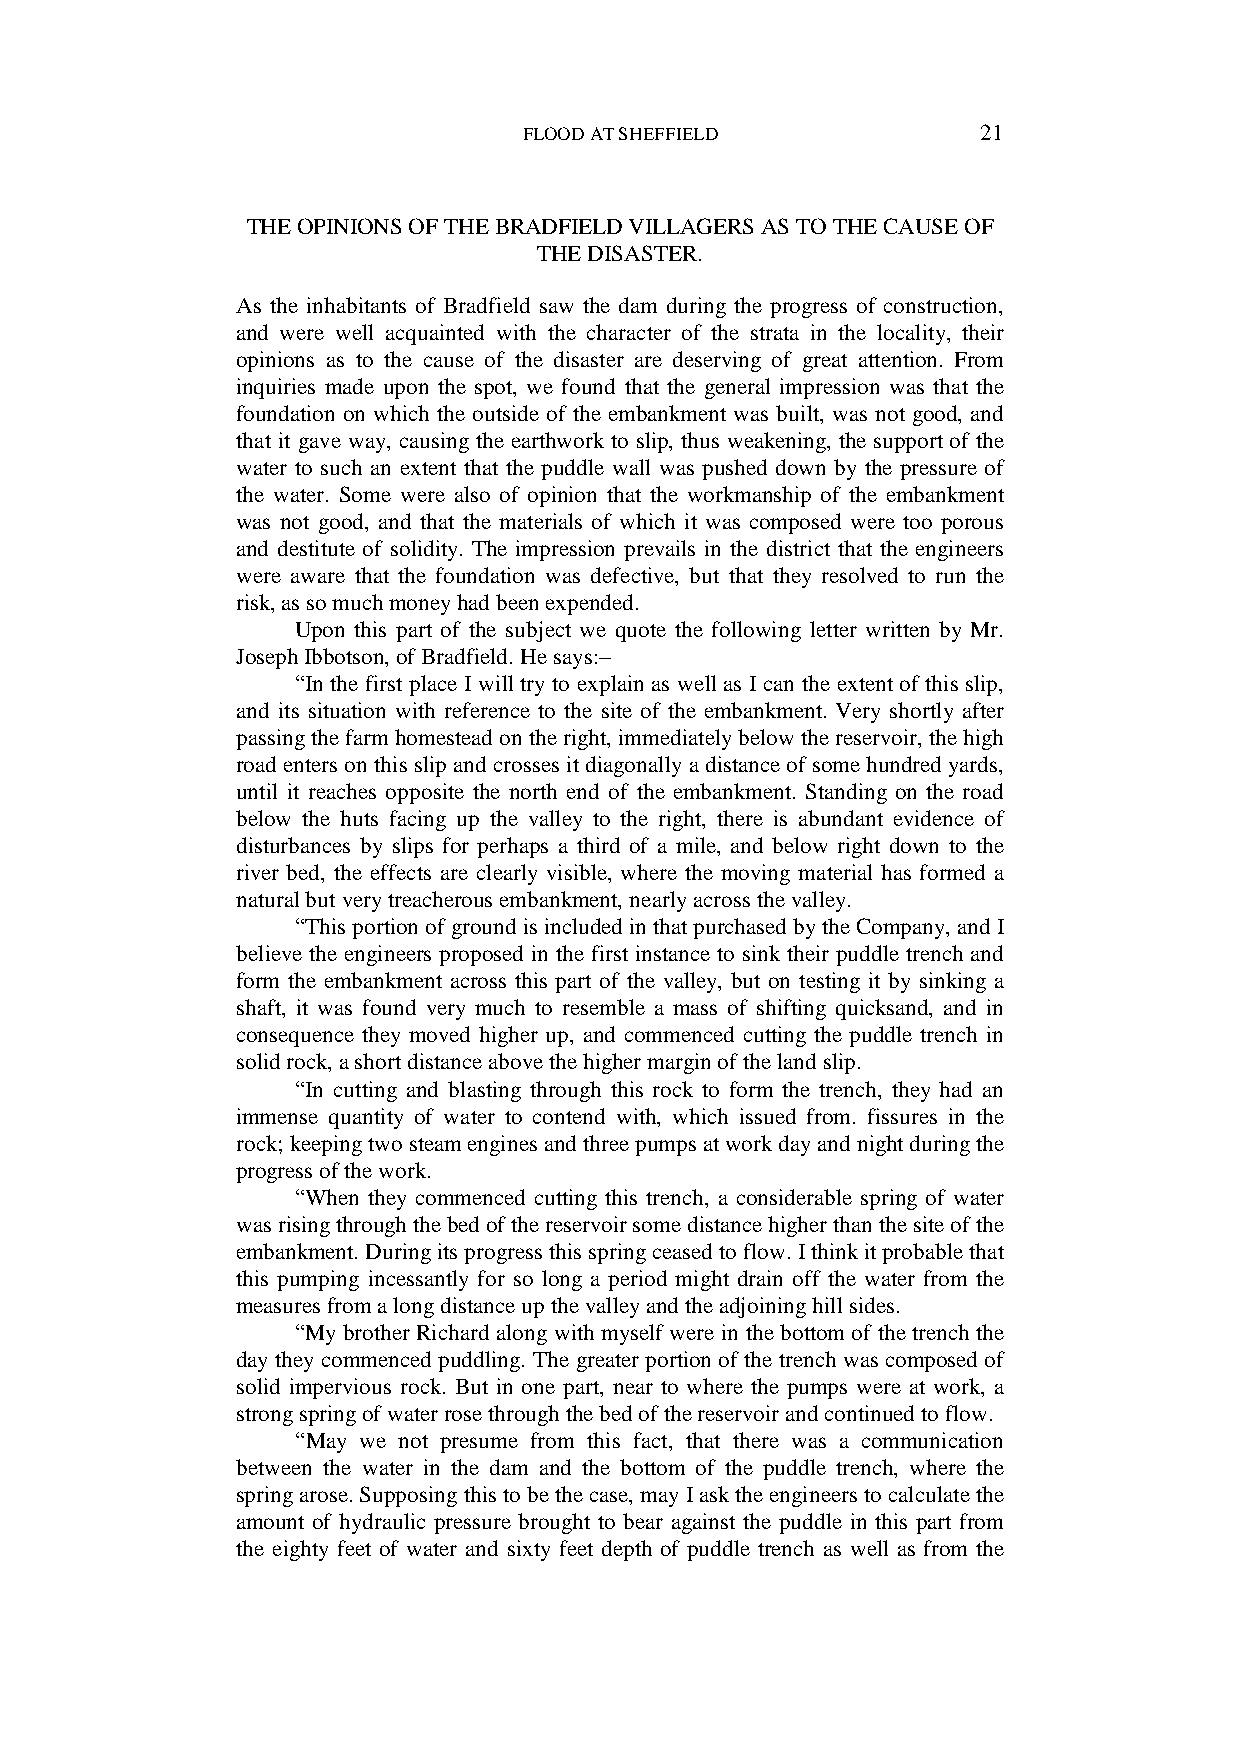
FLOOD AT SHEFFIELD            21
 THE OPINIONS OF THE BRADFIELD VILLAGERS AS TO THE CAUSE OF
 THE DISASTER.
 As the inhabitants of Bradfield saw the dam during the progress of construction,
 and were well acquainted with the character of the strata in the locality, their
 opinions as to the cause of the disaster are deserving of great attention. From
 inquiries made upon the spot, we found that the general impression was that the
 foundation on which the outside of the embankment was built, was not good, and
 that it gave way, causing the earthwork to slip, thus weakening, the support of the
 water to such an extent that the puddle wall was pushed down by the pressure of
 the water. Some were also of opinion that the workmanship of the embankment
 was not good, and that the materials of which it was composed were too porous
 and destitute of solidity. The impression prevails in the district that the engineers
 were aware that the foundation was defective, but that they resolved to run the
 risk, as so much money had been expended.
 Upon this part of the subject we quote the following letter written by Mr.
 Joseph Ibbotson, of Bradfield. He says:–
 “In the first place I will try to explain as well as I can the extent of this slip,
 and its situation with reference to the site of the embankment. Very shortly after
 passing the farm homestead on the right, immediately below the reservoir, the high
 road enters on this slip and crosses it diagonally a distance of some hundred yards,
 until it reaches opposite the north end of the embankment. Standing on the road
 below the huts facing up the valley to the right, there is abundant evidence of
 disturbances by slips for perhaps a third of a mile, and below right down to the
 river bed, the effects are clearly visible, where the moving material has formed a
 natural but very treacherous embankment, nearly across the valley.
 “This portion of ground is included in that purchased by the Company, and I
 believe the engineers proposed in the first instance to sink their puddle trench and
 form the embankment across this part of the valley, but on testing it by sinking a
 shaft, it was found very much to resemble a mass of shifting quicksand, and in
 consequence they moved higher up, and commenced cutting the puddle trench in
 solid rock, a short distance above the higher margin of the land slip.
 “In cutting and blasting through this rock to form the trench, they had an
 immense quantity of water to contend with, which issued from. fissures in the
 rock; keeping two steam engines and three pumps at work day and night during the
 progress of the work.
 “When they commenced cutting this trench, a considerable spring of water
 was rising through the bed of the reservoir some distance higher than the site of the
 embankment. During its progress this spring ceased to flow. I think it probable that
 this pumping incessantly for so long a period might drain off the water from the
 measures from a long distance up the valley and the adjoining hill sides.
 “My brother Richard along with myself were in the bottom of the trench the
 day they commenced puddling. The greater portion of the trench was composed of
 solid impervious rock. But in one part, near to where the pumps were at work, a
 strong spring of water rose through the bed of the reservoir and continued to flow.
 “May we not presume from this fact, that there was a communication
 between the water in the dam and the bottom of the puddle trench, where the
 spring arose. Supposing this to be the case, may I ask the engineers to calculate the
 amount of hydraulic pressure brought to bear against the puddle in this part from
 the eighty feet of water and sixty feet depth of puddle trench as well as from the